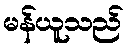
မန်ယူသည်